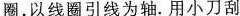
圈，以线圈引线为轴。用小刀刮